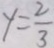
y = \frac { 2 } { 3 }